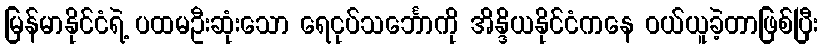
မြန်မာနိုင်ငံရဲ့ ပထမဦးဆုံးသော ရေငုပ်သင်္ဘောကို အိန္ဒိယနိုင်ငံကနေ ဝယ်ယူခဲ့တာဖြစ်ပြီး